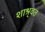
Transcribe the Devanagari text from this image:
शाश्र्वत